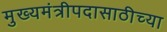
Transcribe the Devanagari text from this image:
मुख्यमंत्रीपदासाठीच्या